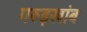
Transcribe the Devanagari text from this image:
गरुड़खांब